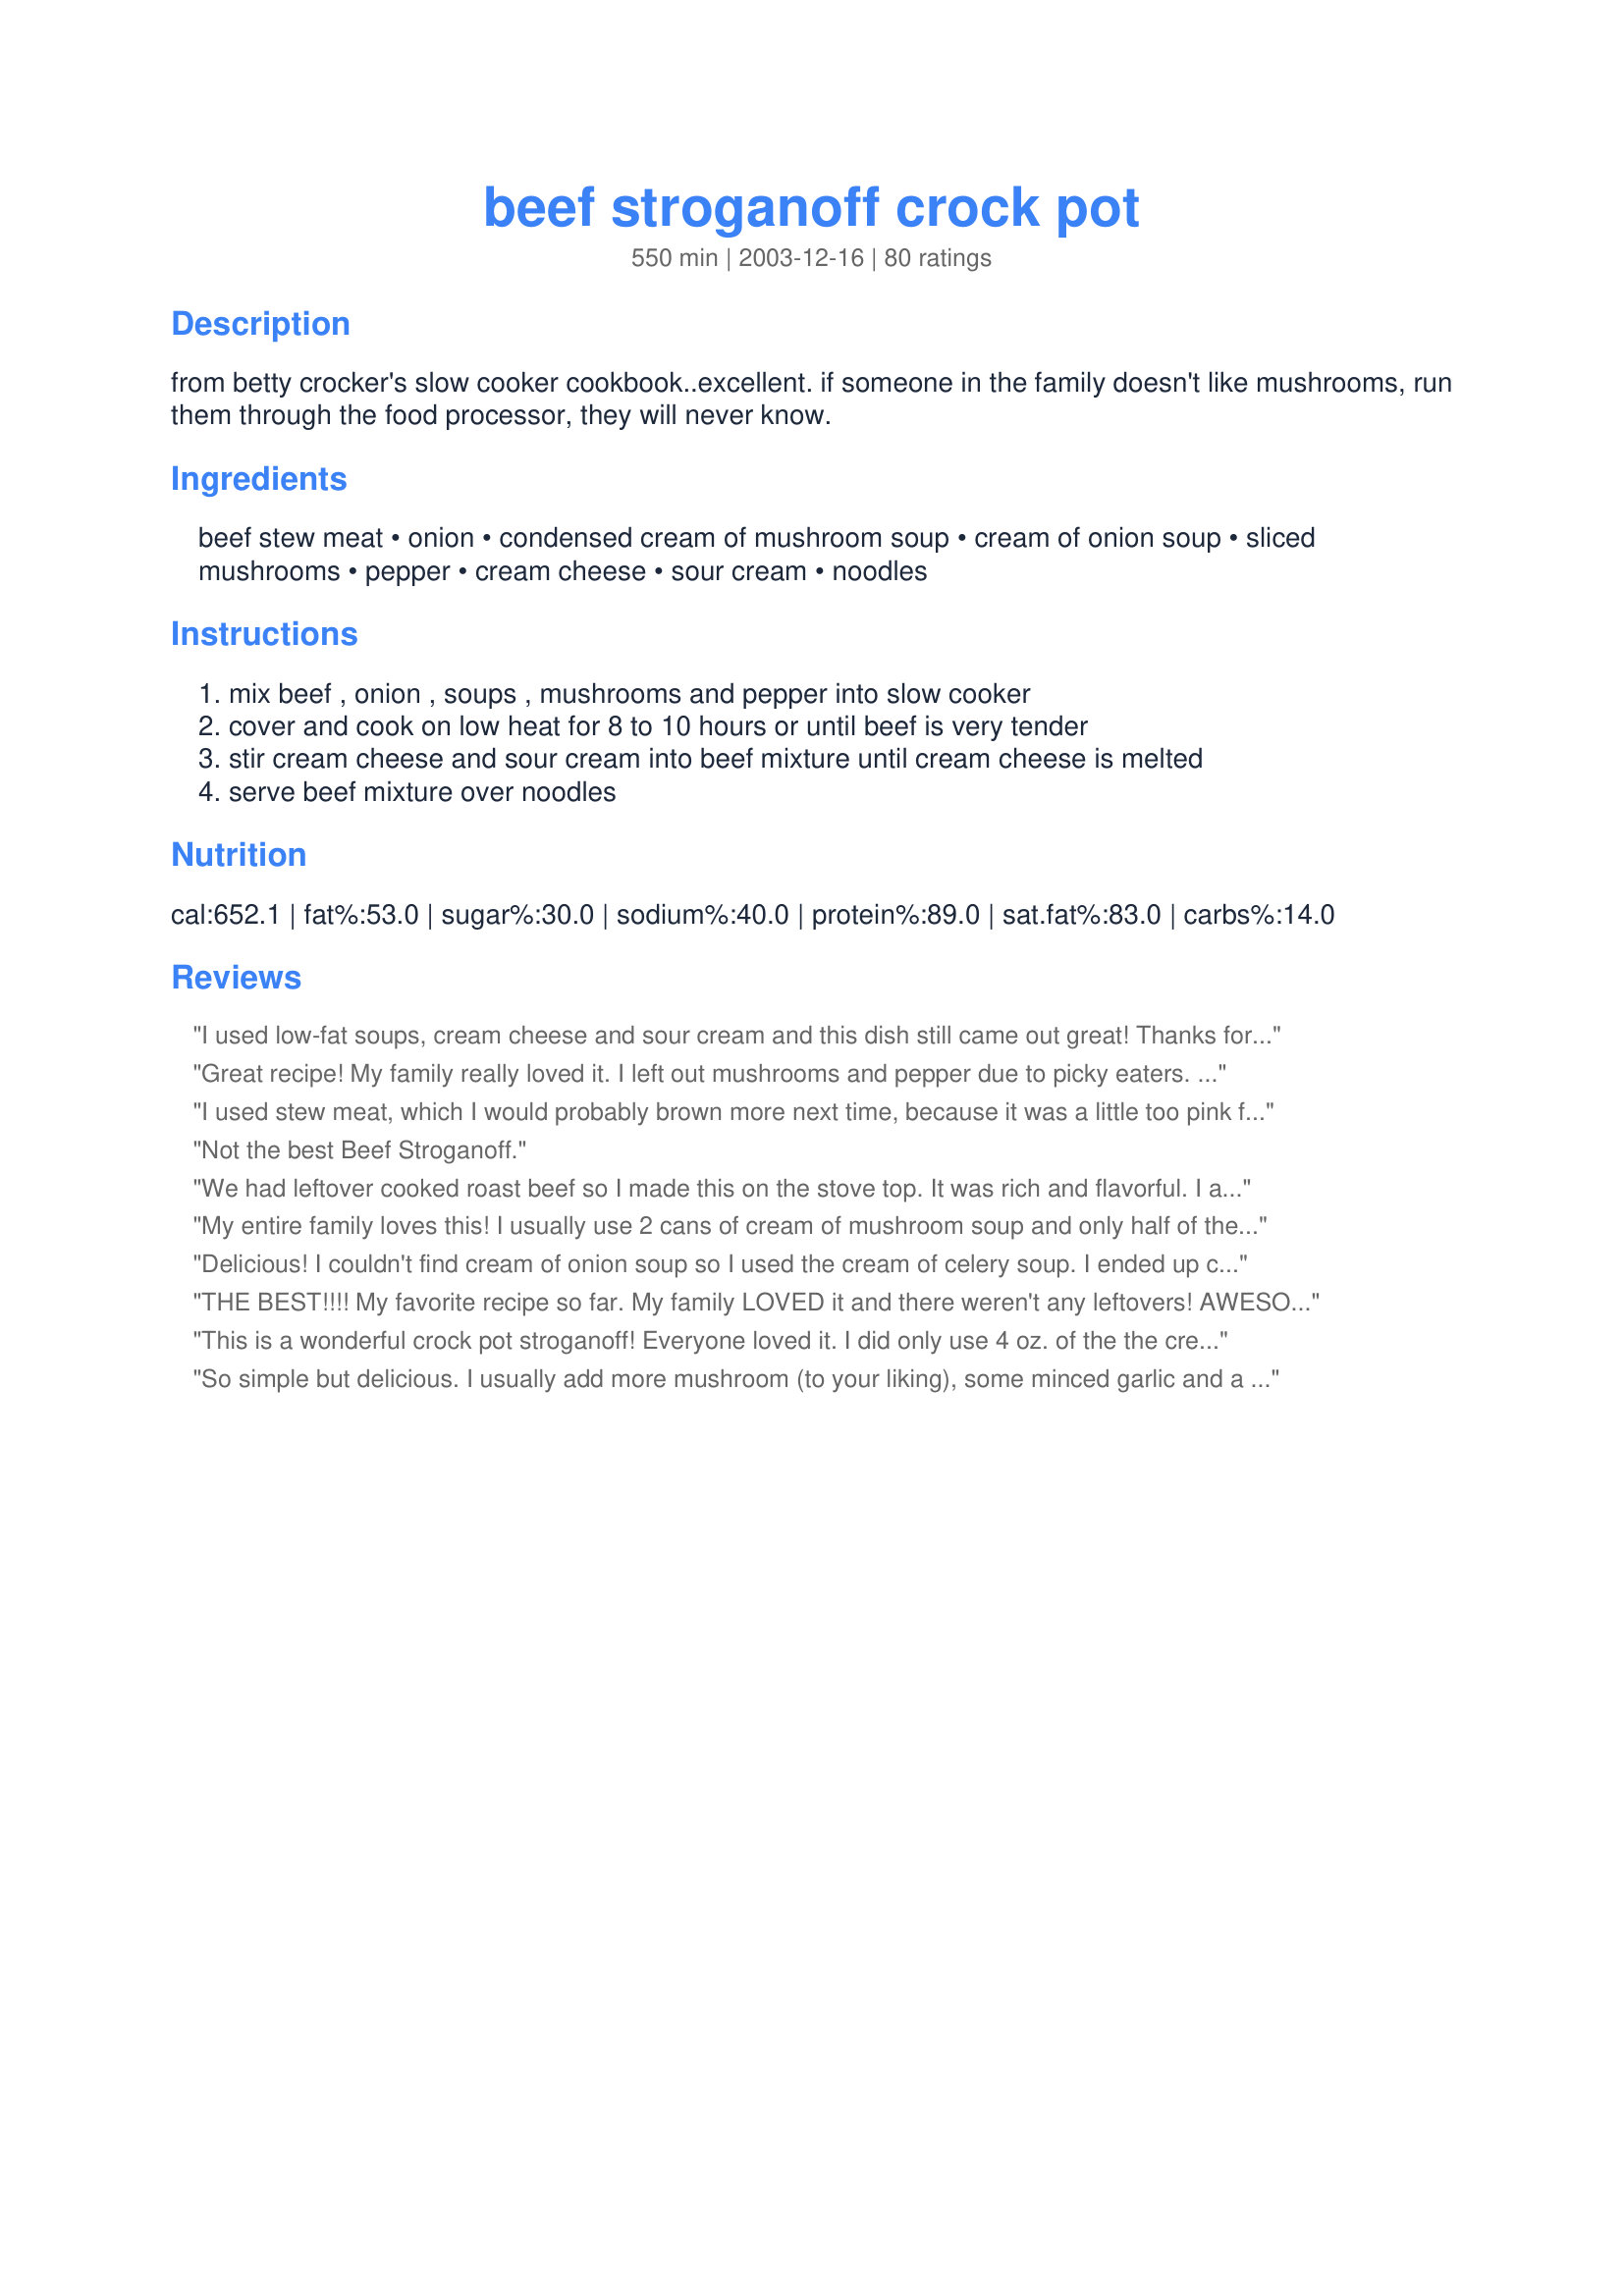
beef stroganoff crock pot
Preparation time: 550 minutes

from betty crocker's slow cooker cookbook..excellent. if someone in the family doesn't like mushrooms, run them through the food processor, they will never know.

Ingredients:
beef stew meat, onion, condensed cream of mushroom soup, cream of onion soup, sliced mushrooms, pepper, cream cheese, sour cream, noodles

Steps:
mix beef , onion , soups , mushrooms and pepper into slow cooker, cover and cook on low heat for 8 to 10 hours or until beef is very tender, stir cream cheese and sour cream into beef mixture until cream cheese is melted, serve beef mixture over noodles

Reviews:
I used low-fat soups, cream cheese and sour cream and this dish still came out great! Thanks for the great recipe!
Great recipe! My family really loved it. I left out mushrooms and pepper due to picky eaters. I will make this again.
I used stew meat, which I would probably brown more next time, because it was a little too pink for me when it was supposed to be done, and ended up cooking it an extra hour. I also just used family size can of cream or mushroom, no cream of onion, and left out the sour cream since the 2 packs of cream cheese seemed to be enough. Also added garlic powder. It was still very delicious! I used to think I didn't like stroganoff. Put it on top of egg noodles, yummy :)
Not the best Beef Stroganoff.
We had leftover cooked roast beef so I made this on the stove top. It was rich and flavorful. I added a drained can of peas & carrots which complemented the flavors and made it a bit more colorful. When served over egg noodles, this was very filling. Thanks Lanae.
My entire family loves this! I usually use 2 cans of cream of mushroom soup and only half of the cream cheese and sour cream at the end. Served over whole wheat egg noodles, it's a wonderful stick to your ribs meal.
Delicious! I couldn't find cream of onion soup so I used the cream of celery soup. I ended up cooking this in the crock pot over two days and the meat was so tender. Everyone raved over the flavor. Thank you for a keeper recipe!!!
THE BEST!!!! My favorite recipe so far. My family LOVED it and there weren't any leftovers! AWESOME MEAL!
This is a wonderful crock pot stroganoff! Everyone loved it. I did only use 4 oz. of the the cream cheese and sour cream and it was perfect. This will be a great winter time dinner.
So simple but delicious. I usually add more mushroom (to your liking), some minced garlic and a few shakes for worchester sauce. Best with Reames frozen egg noodles.
This was excellent. I didn't have cream of onion soup, so I used cream of celery and added some onion powder. I also used venison. I will definately make this again! Thank you for sharing! It was so super simple! LA :-)
I made this for dinner tonight and it was FANTASTIC!!! The flavor of the cream cheese and all of the mushrooms and everything...it just blended so well and was so good! Thank you from the bottom of my tummy for sharing this!
So quick and delicious. I loved the creamy onion soup in it. Would be delicious without the cream cheese and sour cream if someone is trying to cut calories (not me!)
Roxygirl in Colorado
Pretty good recipe, I also agree that it needed more in the seasoning. I added more pepper and It needed salt.
This is my alltime favorite stroganoff recipe
Just about every day I try a different recipe.Sorry, but for us
this is not a keeper.I have found that can soups in a recipe usally do not taste good. But of course they are fast.And sometimes they are ok.
This recipe is excellent. I couldn't find cream of onion soup. So I did what others suggested. I used 2 cans of fat free mushroom soup, 2 tablespoons of worcestershire and a packet of Lipton Onion Soup. I also used reduced fat sour cream. It came out so delicious. Thank you!
Yum yum yum!!! This is my favorite comfort food meal and it is SOOO easy! I put everything in the crockpot the night before in the fridge, then in the morning before work I just plug it in and it's ready when I get home. I add the cream cheese and sour cream and serve it over egg noodles. It tastes so good! Thank you for the recipe!
I really loved this recipe. I followed recipe exactly and it came out great. I like the idea of cream cheese. Great recipe. Thanks for posting!!
This recipe was delicious! A little rich; I might skip the cream cheese next time and add more sour cream to compensate. I started too late so I just barely browned the meat before adding it to the crock pot and it turned out just fine. I also added 1/2 cup cabernet sauvignon 30 minutes before serving.
I thought this recipe was OK. I didn't care for the overly creamy taste, and I did not find it appealing to look at. It was my first time making Beef Stroganoff, and I did find the recipe easy to make. However, I just didn't care for the flavor of it. I'm not sure what to do to make it work for me, maybe I'm just not a "stroganoff" person. Thanks for sharing, though.
We have tried several other beef stroganoff recipes and we seem to keep coming back to this recipe. The only alterations made were to substitute fat free cream cheese and fat free sour cream and use no yolk egg noodles just to try to cut back on some fat and calories. This is nice to come home to after work or a busy day and have dinner practically ready when you get home.
This was delicious! We used an arm roast since we had one on hand, and we omitted the mushrooms. We'll definitely be making this one again.
This was wonderful. My family is so hard to please but this one was loved by all. Easy, Flavorful and very, very good!!!
We enjoyed this dish. It wasn&#039;t quite the same as my mom&#039;s beef stroganoff but it came pretty close. I added a couple of tablespoons of worcestershire sauce. I also used nonfat cream cheese and sour cream and low fat canned soup. The sauce was a bit runny so I am taking off one star. Don&#039;t know why that happened--maybe because I used nonfat ingredients? It had a great taste anyway and I will make this again. Thanks for posting.
This was tasty, so tasty I had to have seconds and made sure to set aside some for lunch tomorrow, but there was no need to worry because this made plenty. I used ff and rf cream cheese and sour cream. Thank you for this wonderful dish!
Wow, Lanae - my family really enjoyed this recipe! Unfortunately, I didn't have any cream cheese, but it was wonderful even without... I am looking forward to trying it with the cream cheese next time, though! I also had less stew meat than I thought, so I used half stew meat and half ground beef. Absolutely rave reviews from our family - thanks!!
This is a winner for us! Per another raters remarks, I only used about 1/3 the cream cheese and it came out great. Thanks for the recipe!
I have a friend who said she has been craving a good, creamy beef stroganoff. I wanted to surprise her so I searched here on 'Zaar. This looked so simple and easy so I decided to surprise Grace with this last Sunday. I just made a couple of changes...stew meat would have cost me over 10.00 for two pounds, so I bought some sirloin steaks on sale and cubed them up. I also browned the meat in olive oil and garlic because I didn't have 8 to 10 hours to cook it. I put the crockpot on high for the first 2 hours and then switched to low for 4. It was the best Beef Stroganoff I had ever tasted! So creamy and smooth, served over dumpling egg noodles, it was pure comfort food! Grace took one bite and said "This is THE recipe!" I coudn't agree more! I thank you, and Grace thanks you for a wonderful meal!"
Very good recipe! I made this for the first time and made my own addition. I added two beef bullion cubes for more beef flavor. I saw a few comments saying it needs more seasoning. Thank you!
I used 1 lb of lean stew meat, 2 lbs was just too much for us, fresh shrooms, onion flakes and 1/2 and 1/2 (sub for cream of onion) didn't have any. Served over noodles. I would make this again. Thanks for the recipe!
This is awesome, however, I change up the beef all the time. London broil, ribeye...whatever seems to be on sale.
This is what I was looking for! A friend gave me this recipe a while back and I made it once and want to make it now but wasn't sure I remembered everything... this is the one though. It's so good and so incredibly easy! When I made this before, I couldn't find cream of onion soup so I subbed in french onion soup and skipped adding in the large onion. Also, I added about twice as many mushrooms as called for because we love them. Oh I look forward to eating this again. Thanks for posting!! :) (Oh, and the friend I got this from leaves out the sour cream and cream cheese because she's wierd and hates white dairy products... she just calls it "beef tips" and says it's great.)
I made this recipe and my husband LOVED it. I didn't have any cream of onion soup on hand so I used two cans of cream of mushroom soup and a packet of dry Lipton onion soup mix. Even my 6 yr old son loved it. Definitely will make this again!
This is a regular...my family loves it thank you. The photo shows that it needs 8-10 of cooking??
this is the best beef stroganoff I have ever made...So rich and smooth and yummmy...I will make this for company as it tastes like you slaved all day in the kitchen...
Working with a family that doesn't eat mushrooms, I took a chance on this recipe..and they loved it! Thank you for posting it!
used fresh mushrooms-was Excelent--will make again!
This was good even though I forgot to add the onion soup! I was in such a hurry that when I wrote down the recipe I overlooked it! :O) Very easy and quick to throw together! Mashed potatoes, corn, green beans, and butter bread are perfect sides to this recipe!
My husband LOVED this recipe. It will definitely become a regular in our home.
Yum! My fiance' LOVED this recipe. It will defintely be added to my recipe book. I added fresh mushrooms and I couldn't find Cream of Onion soup, so I added a dry mix onion soup. The cream cheese gave it an extra "zing".....Very tasty!
Very good comfort food. Just a classic dish for country from a classic recipe book. Thanks for posting.

Country Chef
I made this yesterday for our dinner. We enjoyed this and will make again. I served this on rice with parsley. This is simple and yummy, my favorite kind of meal. Thank you for sharing.
Rich, yummy and total comfort food - was very, very easy to do. Thanks!
This is WONDERFUL! Even just the gravy on noodles is wonderful! I got so many rave reviews when I made this.
This is a great recipe! We also used the dry onion soup mix. Will Def. make again! Thank you!
This was super! We espacially enjoyed the onion flavor it had from the soup and the additional onions. Melt in your mouth good.
The whole family liked this...will definitely make again!
This is fantastic! This is the kind of meal you hope has left overs so you can eat it again later AND best part is my husband (who can't make box macaroni and cheese correctly) can make this perfectly!
It was okay. But will not make again. We really didn't like the stew meat in it. It had a strange texture but the flavor was not bad. Also, I think it's overload with 2 soups and the cream cheese. We prefer the ground beef cooked on the top of the stove stroganoff and it doesn't take long to cook so probably won't try another stroganoff crock pot recipe.
This is the recipe I've been looking for! I used everything accept I used french onion soup instead of cream of onion soup. I also added red and green pepper and fresh mushrooms instead of canned. Thank you for posting this delish recipe!
Yummy! Talk about a good old fashioned comfort food. A+
This was ok, maybe it didn't turn out that great because I used a chuck roast instead of stew meat, but no one in my family really enjoyed this.
This was really good. I added a little bit of minced garlic and some red wine, but maybe a bit too much because mine was a bit runny. I served over rice and it was delicious, and so easy. I will definately make again.
I was very excited to make this and found that I didn't like it like I thought I would. It was too sour tasting for my taste. I will try to make it again and use way less sour cream. It just didn't taste right. Worth another try I suppose, we'll see.
I got this recipe at Betty Crockers site too. BUT I have to say, this is FANTASTIC....I always double it and freeze 1/2 for a 2nd meal. I only use 1 can of french onion soup and no mushrooms. we have this at least 1 a month now.
I wanted to make my husband a "welcome home" meal after he had been away on business, but I work full time and I had to pick him up at the air-port right after work! So I turned to Zaar for crock-pot meals and I found this recipe and tried it out! Woah! So good! I did not use the cream cheese as I felt it was rich and saucy enough after the sour cream (will add some next time to see which way we like it better). I doubled the mushrooms (will triple next time as we LOVE mushrooms) and used the low fat version of the soups and sour cream. I served it over No-Yolks egg noodles, with steamed broccoli and crusty french bread! It was gobbled down. Luckily since it is just the two of us, we get left-overs tonight! Yum!!!
Absolutely delicious! I'll be making this one again and again! (any hints on getting cream cheese cubes to melt would be appreciated!)
This was a good and easy recipe, but it needed something more in seasoning.
I have to give this 5 stars, because even my 3 yo ate it. VERY easy, although my husband won'teat mushrooms, so I sub'd 2 cans of Cream of Celery and 1 packet of Onion Soup mix. This was delicious! 
I am definitely throwing this into the rotation!
I was reluctant to try this recipe due to my finicky children. I was so surprised when they asked for more and now ask for it on a weekly basis. Great flavor and the best part....easy!
Made this for dinner tonight and was definitely a good stroganoff. Used reduced/no-fat everything including sub'ing french onion soup for the cream of onion soup and came out tasty. No hint of being low fat ; ) Could have maybe used a little salt or seasoning salt or bullion (and I didn't even use low salt soups).
This recipe was very simple to make and tasted absolutely delicious. I&#039;ll definitely make it again sometime, it was tops!
Very very Good...My husband and I loved it. ...but it was very rich. I think next time I'll use low fat cream cheese, sour cream, and cream of mushroom. That way I won't feel so guilty about eating it.
Nice and easy, used low fat soup, cheese and sour cream,added a little red wine as suggested by others, still tasted great.
Great crock pot recipe for beef stroganoff. At the end of 8 hours, I cooked my egg noodles (a little over half a bag), drained them and added them right into the crock pot (mixing completely). The meat was very tender. The only change that I will try next time is to use 16 oz. of sour cream and no cream cheese, which is a personal preference. Thanks for the great recipe!!
This was fantabulous!!!! I have very picky boys they loved it! I used sirloin steak cut up and it was hard to find cream of onion soup but eventually did so I bought all they had so I have stock..Made plenty..Will make again for sure..
OMG!! I wish I could rate this more than 5 stars! This is a 10 by far. One of the most Delicious Recipes I have made in the crockpot!
Too rich for our tastes, sorry!
Excellent!
Yummy in my tummy!! This was a very good recipe. And easy too. my family loved it and one of the kids even went for seconds!!I made a few alterations because I didn't have a few things on hand. I didn't have cream of mushroom or onion soup so I added cream of chicken. Also a few dashes of wostesheir sauce, packet of beef gravy, and that is it. Really a wonderful quick easy dish. Thanks lanae!!!
This is the BEST stroganoff I have ever had. The whole family loves it! Even the 4 picky girls!
Turned out awesome! I caramelized my onions before throwing them in the crockpot so I got an extra sweetness from them once it was done. I also used about 5oz of sour cream instead of 8. I threw in garlic powder, accent and salt for a bit of extra flavor. (I also used a 3.5lb roast) and it made a TON of food! Even my 1 year old loved this!
A very nicely flavored dish. We added peas for a slight change of texture and color.
This was very tasty! I used two cans of cream of mushroom soup because we live in the boonies and I didn't have another reason to go into town. I used red onion. The cream cheese and sour cream made it very thick, I added about 2/3 c of milk to thin it out right before serving. Also added 1 tsp of Kitchen bouquet for more beef flavor. Served over homemade egg noodles. Delicious!
Used 1/2 an envelope of beefy onion soup mix instead of the onions & cream of onion soup. I'm going to follow the recipe closer next time but omit the cream cheese. I don't really like the cream cheese taste, but other than that it was very tasty!
Absolutely delicious, the best Stroganoff I&#039;ve ever had!!!
This was SO good! My family loved it. I spooned it over biscuits instead of noodles or rice and it disappeared!!
I have a new stroganoff recipe and that is saying a bunch! This was absolutely wonderful! Easy, easy, easy--crock pot. Even better, it tastes so wonderful that I did not want to stop eating it! I used a package of our super-lean, homegrown beef (probably only 1.25 lb. and next time I will probably use 2 packs) and only cooked it for 6 hours and it was melt in your mouth. I think it is the cream cheese that puts me over the edge for this recipe, though. Absolutely wonderful!
Yummy. I just finished making it for dinner. I actually turned off the pot after 7hrs cause it was already very deliciously tender. I marinated the meat the night before w/ worcestershire sauce, garlic salt and pepper. I didn't have onion soup so I added 2 cans of cream of mushroom, fresh sliced mushrooms and sliced onions instead of diced. After adding the sour cream, add the cream cheese little by little according to your liking. It may not need the whole 8 oz.
